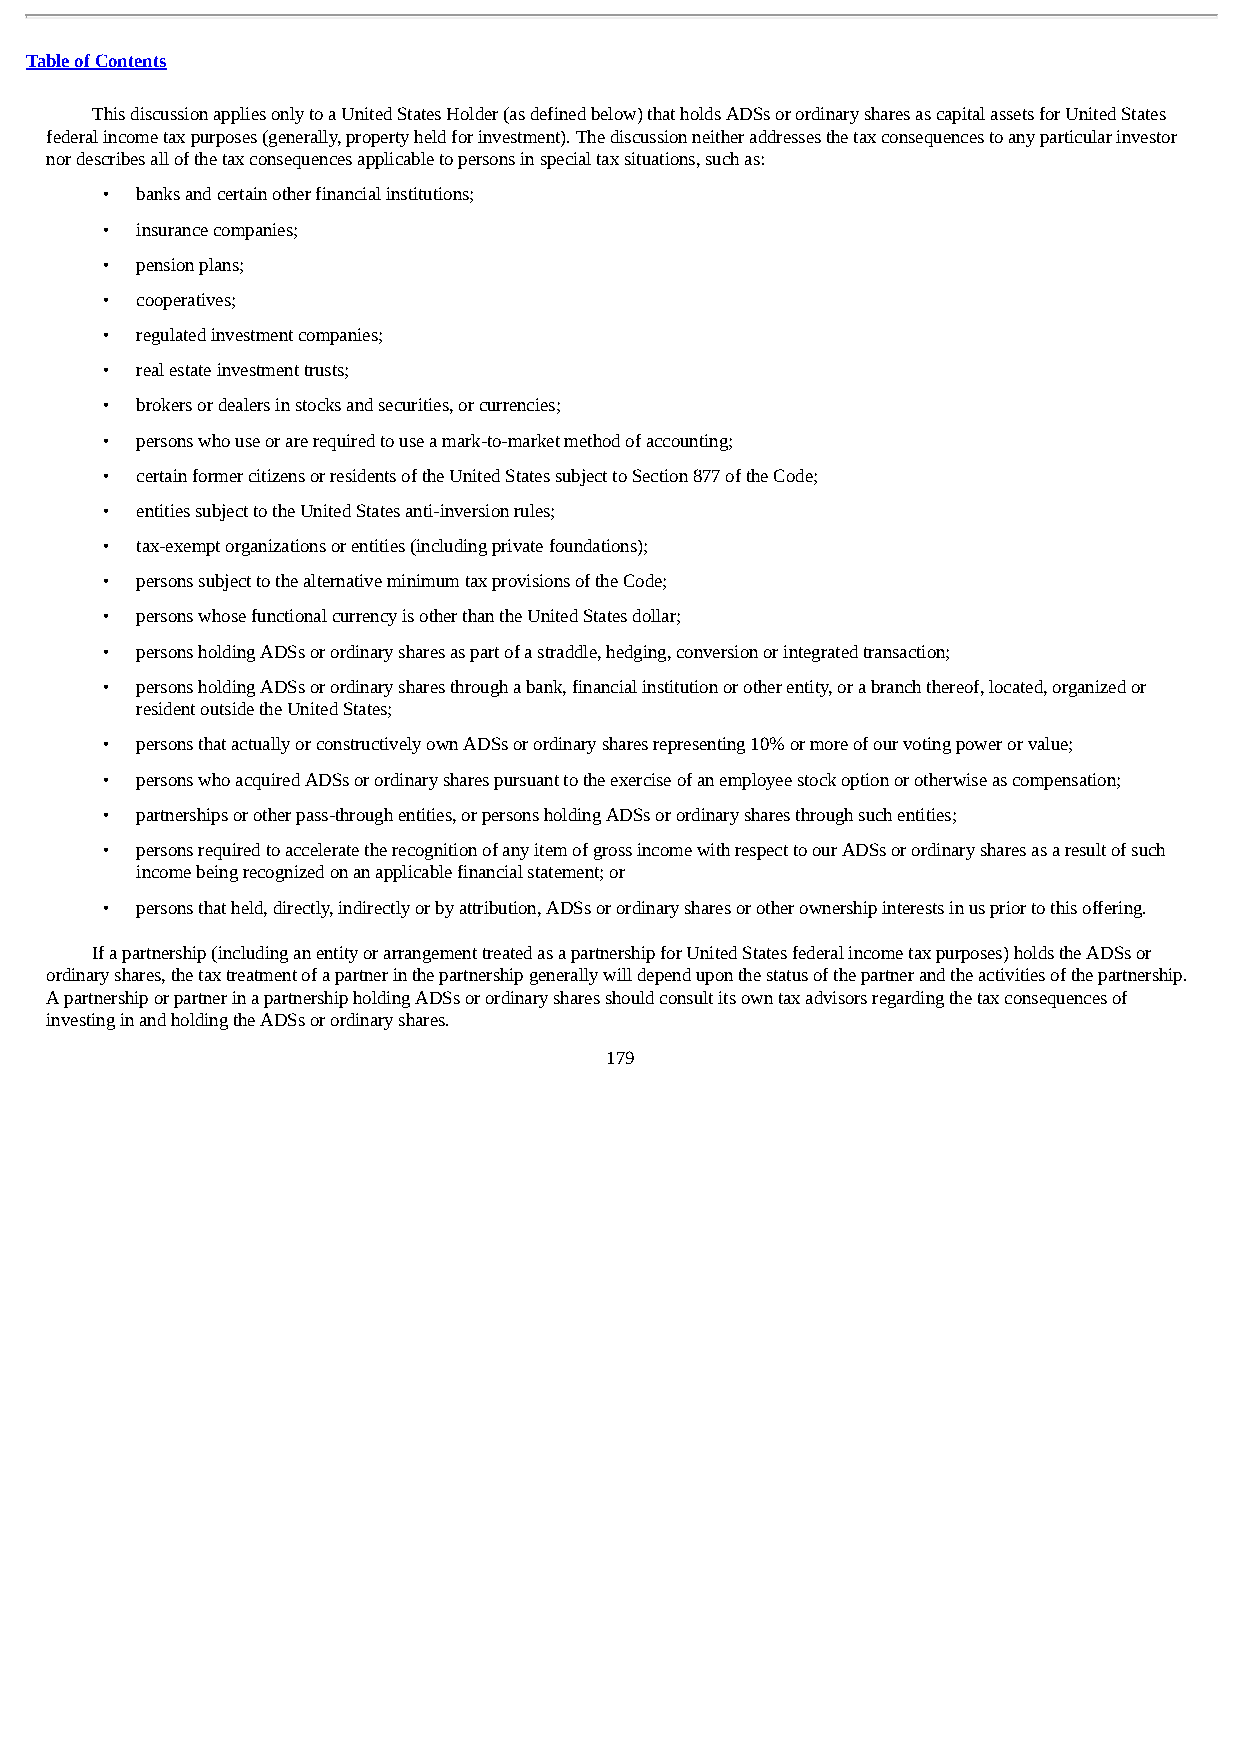
Table of Contents
 This discussion applies only to a United States Holder (as defined below) that holds ADSs or ordinary shares as capital assets for United States
 federal income tax purposes (generally, property held for investment). The discussion neither addresses the tax consequences to any particular investor
 nor describes all of the tax consequences applicable to persons in special tax situations, such as:
 • banks and certain other financial institutions;
 • insurance companies;
 • pension plans;
 • cooperatives;
 • regulated investment companies;
 • real estate investment trusts;
 • brokers or dealers in stocks and securities, or currencies;
 • persons who use or are required to use a mark-to-market method of accounting;
 • certain former citizens or residents of the United States subject to Section 877 of the Code;
 • entities subject to the United States anti-inversion rules;
 • tax-exempt organizations or entities (including private foundations);
 • persons subject to the alternative minimum tax provisions of the Code;
 • persons whose functional currency is other than the United States dollar;
 • persons holding ADSs or ordinary shares as part of a straddle, hedging, conversion or integrated transaction;
 • persons holding ADSs or ordinary shares through a bank, financial institution or other entity, or a branch thereof, located, organized or
 resident outside the United States;
 • persons that actually or constructively own ADSs or ordinary shares representing 10% or more of our voting power or value;
 • persons who acquired ADSs or ordinary shares pursuant to the exercise of an employee stock option or otherwise as compensation;
 • partnerships or other pass-through entities, or persons holding ADSs or ordinary shares through such entities;
 • persons required to accelerate the recognition of any item of gross income with respect to our ADSs or ordinary shares as a result of such
 income being recognized on an applicable financial statement; or
 • persons that held, directly, indirectly or by attribution, ADSs or ordinary shares or other ownership interests in us prior to this offering.
 If a partnership (including an entity or arrangement treated as a partnership for United States federal income tax purposes) holds the ADSs or
 ordinary shares, the tax treatment of a partner in the partnership generally will depend upon the status of the partner and the activities of the partnership.
 A partnership or partner in a partnership holding ADSs or ordinary shares should consult its own tax advisors regarding the tax consequences of
 investing in and holding the ADSs or ordinary shares.
 179